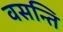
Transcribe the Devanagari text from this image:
वसन्ति